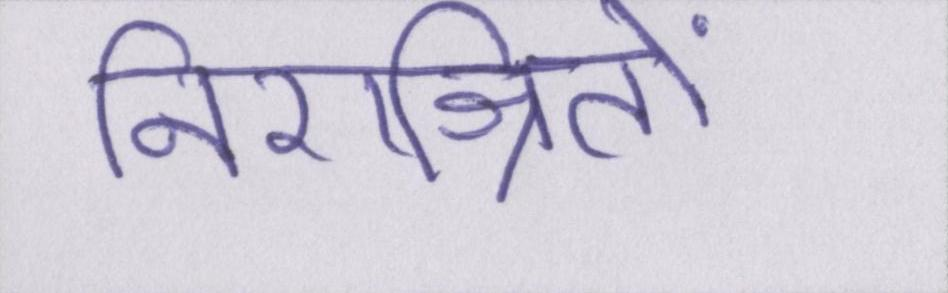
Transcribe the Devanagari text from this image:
निराश्रितों